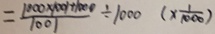
= \frac { 1 0 0 0 \times 1 0 0 1 + 1 0 0 0 } { 1 0 0 1 } \div 1 0 0 0 ( \times \frac { 1 } { 1 0 0 0 } )